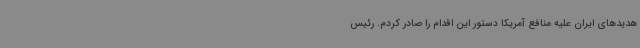
هدیدهای ایران علیه منافع آمریکا دستور این اقدام را صادر کردم. رئیس